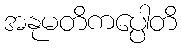
အနုမတိကပ္ပေါတိ